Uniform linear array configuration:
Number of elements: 12
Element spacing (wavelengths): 0.75
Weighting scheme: cosine
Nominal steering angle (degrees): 30
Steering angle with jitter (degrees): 29.116
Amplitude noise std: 0.05
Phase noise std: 0.05

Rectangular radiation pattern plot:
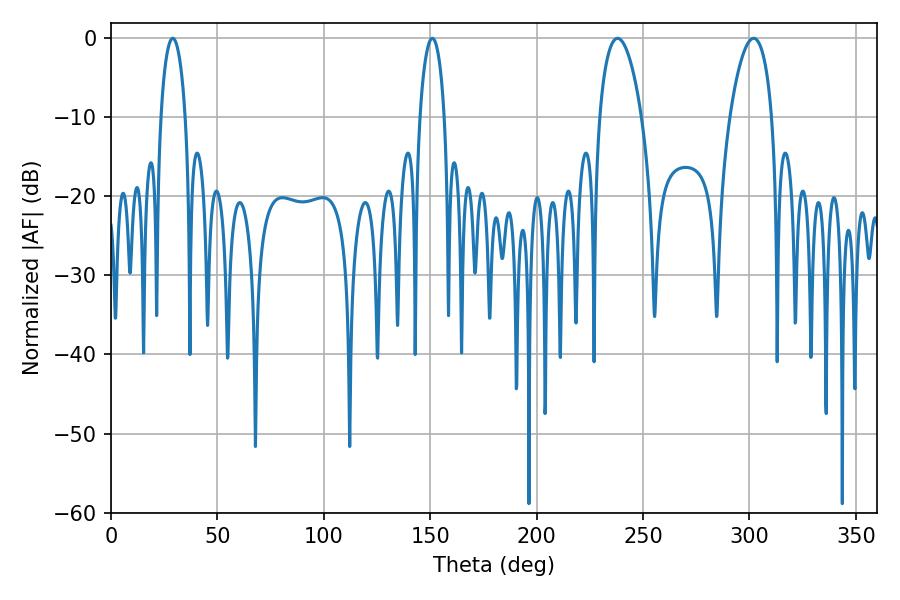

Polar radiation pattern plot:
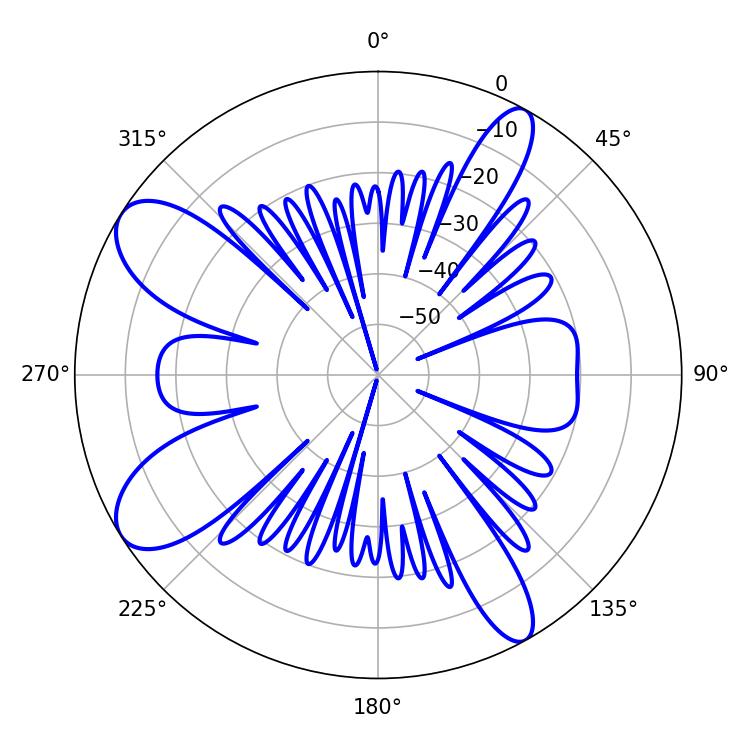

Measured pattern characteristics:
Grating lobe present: TRUE
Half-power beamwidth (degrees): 6.66
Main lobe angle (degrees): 28.98